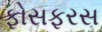
ફોસફરસ